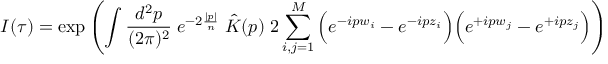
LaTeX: I ( \tau ) = \exp \left( \int \frac { d ^ { 2 } p } { ( 2 \pi ) ^ { 2 } } \; e ^ { - 2 \frac { | p | } { n } } \; \hat { K } ( p ) \; 2 \sum _ { i , j = 1 } ^ { M } \Big ( e ^ { - i p w _ { i } } - e ^ { - i p z _ { i } } \Big ) \Big ( e ^ { + i p w _ { j } } - e ^ { + i p z _ { j } } \Big ) \right)